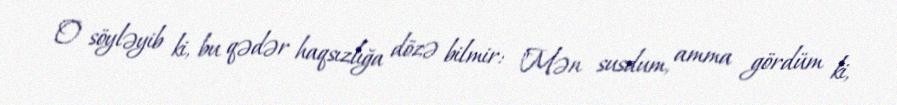
O söyləyib ki, bu qədər haqsızlığa dözə bilmir: "Mən susdum, amma gördüm ki,